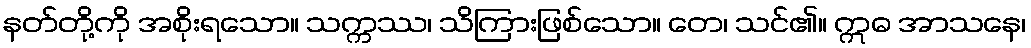
နတ်တို့ကို အစိုးရသော။ သက္ကဿ၊ သိကြားဖြစ်သော။ တေ၊ သင်၏။ ဣဓ အာသနေ၊